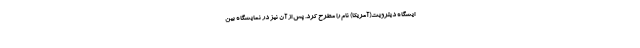
ایشگاه دیترویت(آمریکا) نام را مطرح کرد. پس از آن نیز در نمایشگاه بین